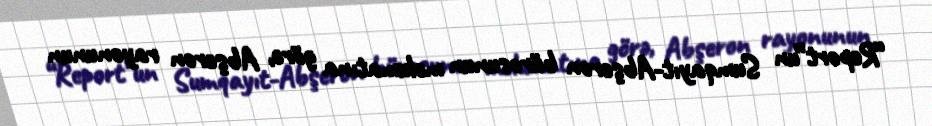
“Report”un Sumqayıt-Abşeron bürosunun məlumatına görə, Abşeron rayonunun